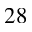
2 8